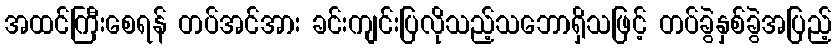
အထင်ကြီးစေရန် တပ်အင်အား ခင်းကျင်းပြလိုသည့်သဘောရှိသဖြင့် တပ်ခွဲနှစ်ခွဲအပြည့်